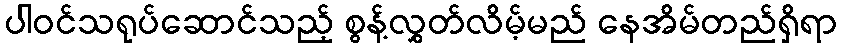
ပါဝင်သရုပ်ဆောင်သည့် စွန့်လွှတ်လိမ့်မည် နေအိမ်တည်ရှိရာ